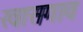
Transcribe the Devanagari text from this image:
खासगाव